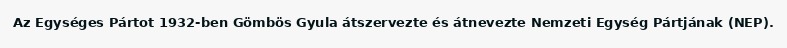
Az Egységes Pártot 1932-ben Gömbös Gyula átszervezte és átnevezte Nemzeti Egység Pártjának (NEP).